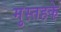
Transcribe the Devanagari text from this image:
मुस्तहके़